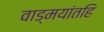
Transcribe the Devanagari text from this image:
वाड्मयांतहि